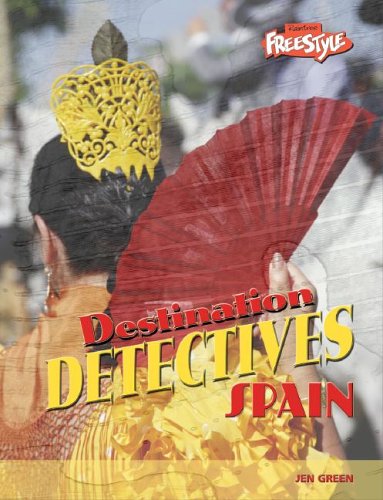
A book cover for Spain (Destination Detectives); Paul Mason; Teen & Young Adult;